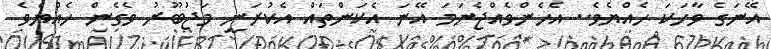
އޭނަގެ ވާހަކަ ހެއްޔެވެ.. އެހެންވެއްޖެނަމަ އޭނަ އެކަންތައް އެކުރަނީ މަޖުބޫރު ވެގެން ހެއްޔެވެ